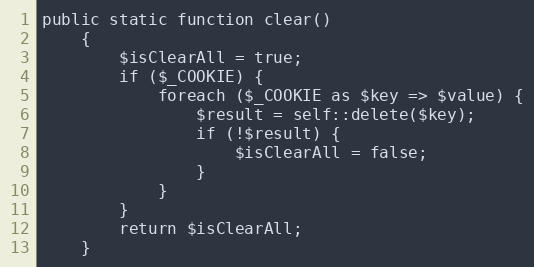
Language: PHP
public static function clear()
    {
        $isClearAll = true;
        if ($_COOKIE) {
            foreach ($_COOKIE as $key => $value) {
                $result = self::delete($key);
                if (!$result) {
                    $isClearAll = false;
                }
            }
        }
        return $isClearAll;
    }